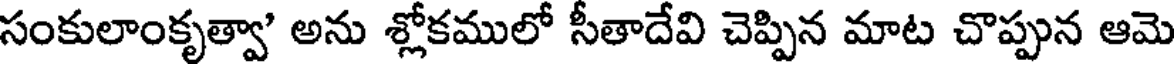
సంకులాంకృత్వా' అను శ్లోకములో సీతాదేవి చెప్పిన మాట చొప్పున ఆమె